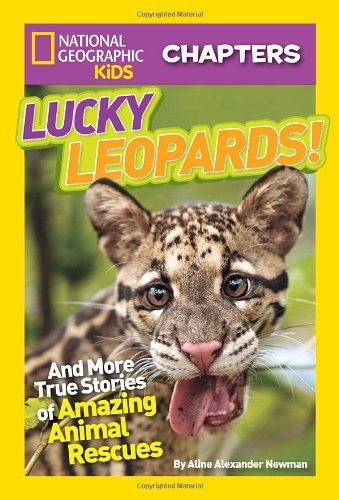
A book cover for National Geographic Kids Chapters: Lucky Leopards: And More True Stories of Amazing Animal Rescues (NGK Chapters); Aline Alexander Newman; Children's Books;